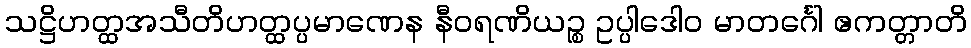
သဋ္ဌိဟတ္ထအသီတိဟတ္ထပ္ပမာဏေန နီဝရဏိယဉ္စ ဥပ္ပါဒေါဝ မာတင်္ဂေါ ဧကတ္တာတိ